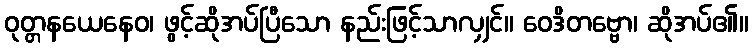
ဝုတ္တနယေနေဝ၊ ဖွင့်ဆိုအပ်ပြီသော နည်းဖြင့်သာလျှင်။ ဝေဒိတဗ္ဗော၊ ဆိုအပ်၏။